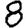
Digit: 8